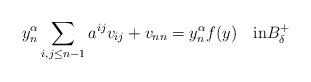
LaTeX: \begin{align*} y_n^{\alpha} \sum_{i, j\leq n-1}a^{ij} v_{ij} + v_{nn}= y_n^{\alpha} f(y)\quad\mbox{in}B_\delta^+\end{align*}